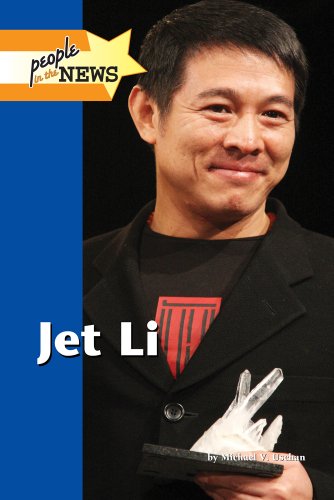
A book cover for Jet Li (People in the News); Michael V. Uschan; Teen & Young Adult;